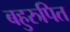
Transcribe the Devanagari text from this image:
बहुरुपित